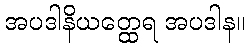
အပဒါနိယတ္ထေရ အပဒါန။